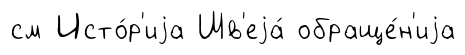
см Исто́р'иjа Шв'еjа́ обраще́н'иjа